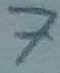
Text: 7